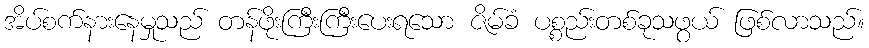
အိပ်စက်နားနေမှုသည် တန်ဖိုးကြီးကြီးပေးရသော ဇိမ်ခံ ပစ္စည်းတစ်ခုသဖွယ် ဖြစ်လာသည်။